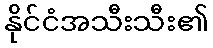
နိုင်ငံအသီးသီး၏